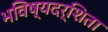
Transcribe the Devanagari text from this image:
भविष्यदर्शिता